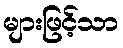
များဖြင့်သာ